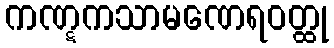
ကဏ္ဋကသာမဏေရဝတ္ထု